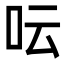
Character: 呍